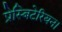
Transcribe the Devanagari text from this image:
प्रेस्बिटेरियन।